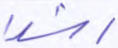
رشدا